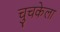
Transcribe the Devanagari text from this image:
चुचकेला